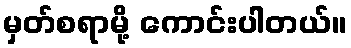
မှတ်စရာမို့ ကောင်းပါတယ်။